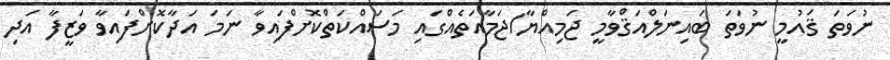
ނުވަތަ ޤައުމީ ނުވަތަ ބައިނަލްއަޤްވާމީ ޖަމިއްޔާ/ޖަމާއަތެއްގައި މަސައްކަތްކޮށްފައިވާ ނަމަ އަދާކޮށްފައިވާ ވަޒީފާ އަދި